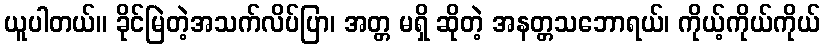
ယူပါတယ်။ ခိုင်မြဲတဲ့အသက်လိပ်ပြာ၊ အတ္တ မရှိ ဆိုတဲ့ အနတ္တသဘောရယ်၊ ကိုယ့်ကိုယ်ကိုယ်